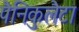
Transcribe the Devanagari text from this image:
पैनिकुलैटा